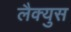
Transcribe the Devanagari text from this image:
लैक्युस